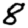
Digit: 8